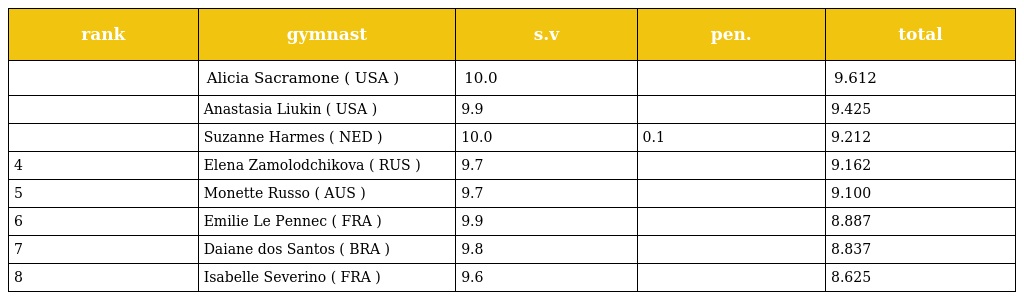
| rank | gymnast | s.v | pen. | total |
 | --- | --- | --- | --- | --- |
 |  | Alicia Sacramone ( USA ) | 10.0 |  | 9.612 |
 |  | Anastasia Liukin ( USA ) | 9.9 |  | 9.425 |
 |  | Suzanne Harmes ( NED ) | 10.0 | 0.1 | 9.212 |
 | 4 | Elena Zamolodchikova ( RUS ) | 9.7 |  | 9.162 |
 | 5 | Monette Russo ( AUS ) | 9.7 |  | 9.100 |
 | 6 | Emilie Le Pennec ( FRA ) | 9.9 |  | 8.887 |
 | 7 | Daiane dos Santos ( BRA ) | 9.8 |  | 8.837 |
 | 8 | Isabelle Severino ( FRA ) | 9.6 |  | 8.625 |